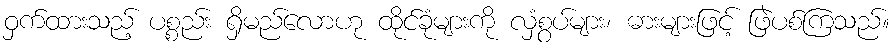
ဝှက်ထားသည့် ပစ္စည်း ရှိမည်လောဟု ထိုင်ခုံများကို လှံစွပ်များ၊ ဓားများဖြင့် ဖြဲပစ်ကြသည်။